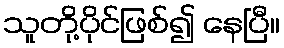
သူတို့ပိုင်ဖြစ်၍ နေပြီ။